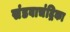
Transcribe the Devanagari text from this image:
संडवाचंद्रिका